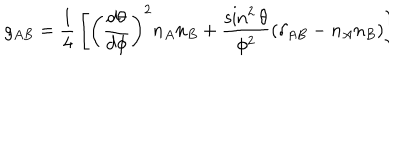
g _ { A B } = { \frac { 1 } { 4 } } \left[ \left( { \frac { d \theta } { d \phi } } \right) ^ { 2 } n _ { A } n _ { B } + { \frac { \sin ^ { 2 } \theta } { \phi ^ { 2 } } } ( \delta _ { A B } - n _ { A } n _ { B } ) \right] \hspace { 0 . 5 c m } .